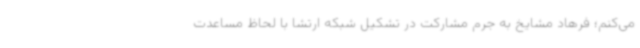
می‌کنم؛ فرهاد مشایخ به جرم مشارکت در تشکیل شبکه ارتشا با لحاظ مساعدت